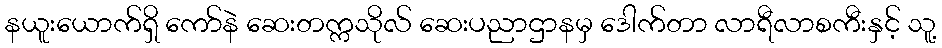
နယူးယောက်ရှိ ကော်နဲ ဆေးတက္ကသိုလ် ဆေးပညာဌာနမှ ဒေါက်တာ လာရီလာစကီးနှင့် သူ့